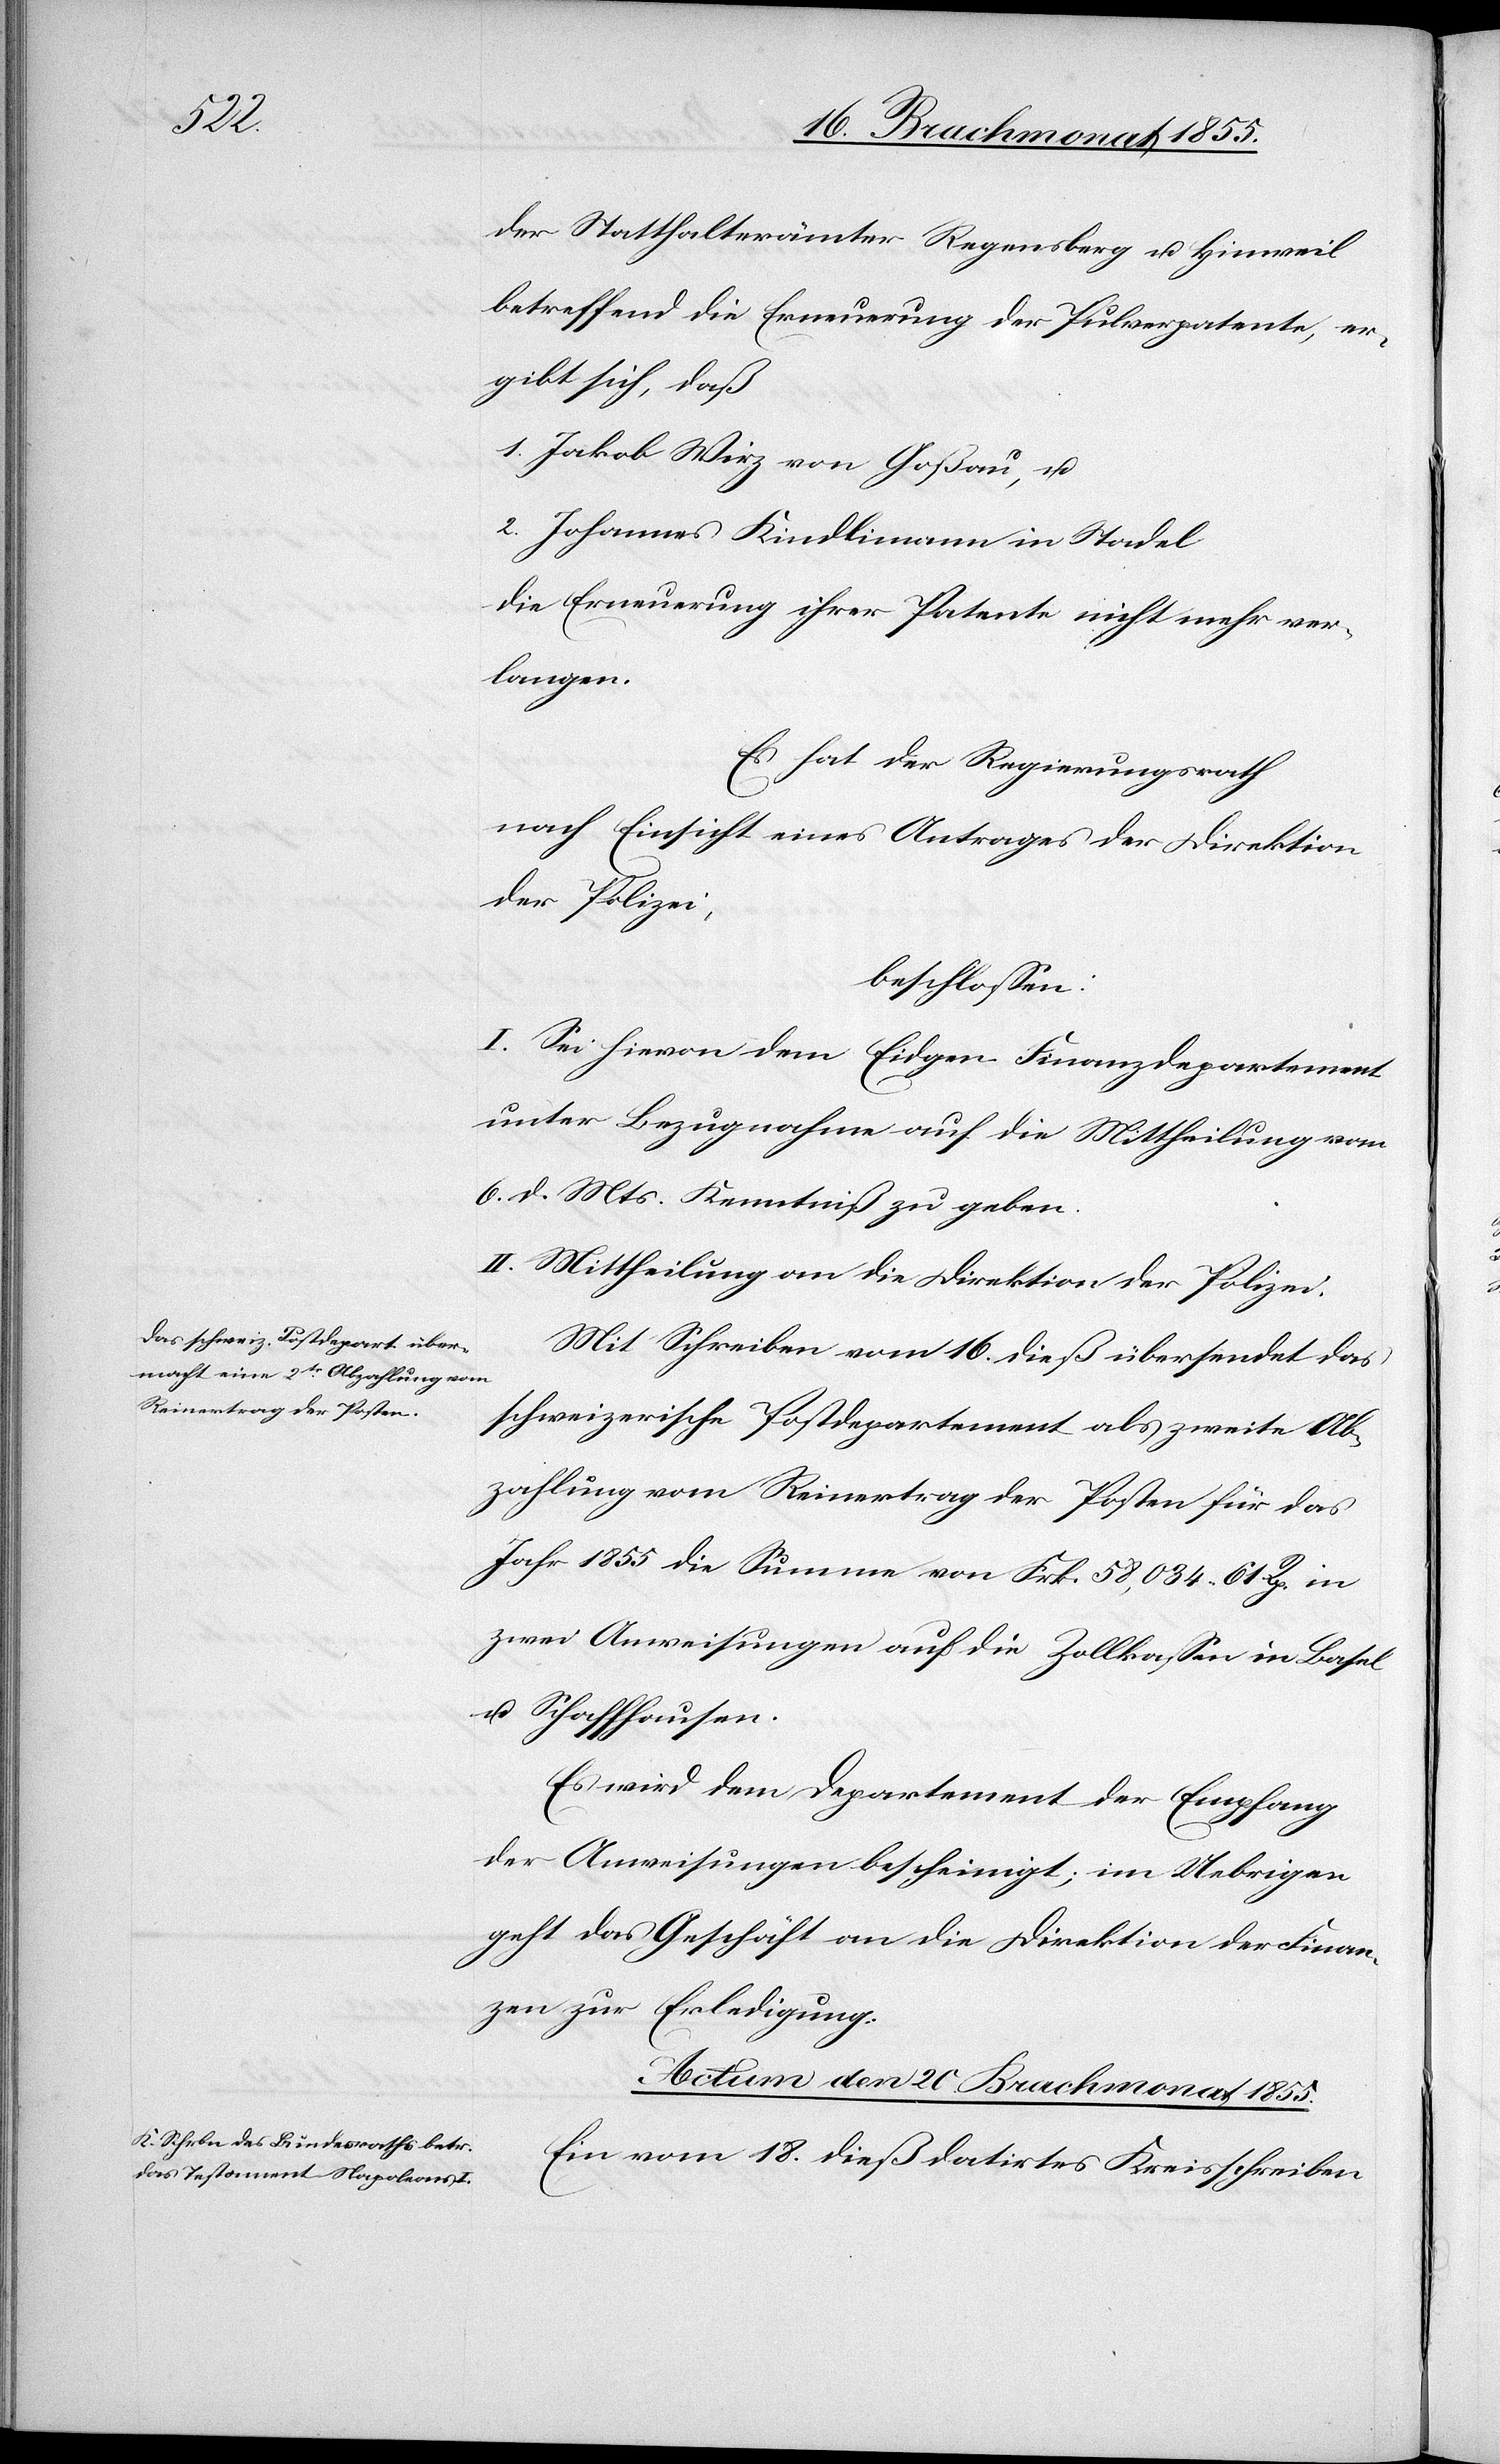
der Statthalterämter Regensberg u. Hinweil
betreffend die Erneuerung der Pulverpatente, er¬
gibt sich, daß
1. Jakob Wirz von Goßau, u.
2. Johannes Kindlimann in Stadel
die Erneuerung ihrer Patente nicht mehr ver¬
langen.
Es hat der Regierungsrath
nach Einsicht eines Antrages der Direktion
der Polizei,
beschlossen:
I. Sei hievon dem Eidgen. Finanzdepartement
unter Bezugnahme auf die Mittheilung vom
6. d. Mts. Kenntniß zu geben.
II. Mittheilung an die Direktion der Polizei.
Mit Schreiben vom 16. dieß übersendet das
schweizerische Postdepartement als zweite Ab¬
zahlung vom Reinertrag der Posten für das
Jahr 1855 die Summe von Frk. 58,034. 61 Rp. in
zwei Anweisungen auf die Zollkassen in Basel
u. Schaffhausen.
Es wird dem Departement der Empfang
der Anweisungen bescheinigt; im Uebrigen
geht das Geschäft an die Direktion der Finan¬
zen zur Erledigung.
Actum den 20. Brachmonat 1855.
Ein vom 18. dieß datirtes Kreisschreiben